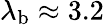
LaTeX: \lambda_{\mathrm{b}}\approx 3.2